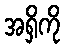
အရှိကို